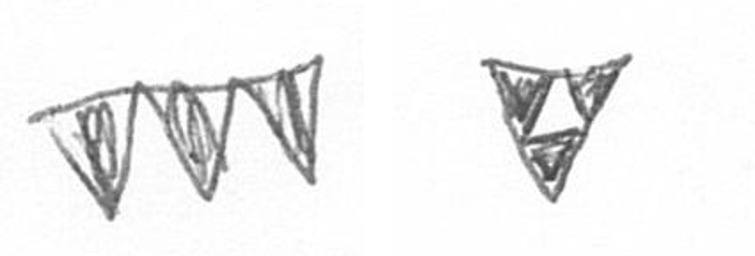
L S